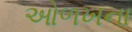
ઓળખના